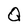
Character: Q